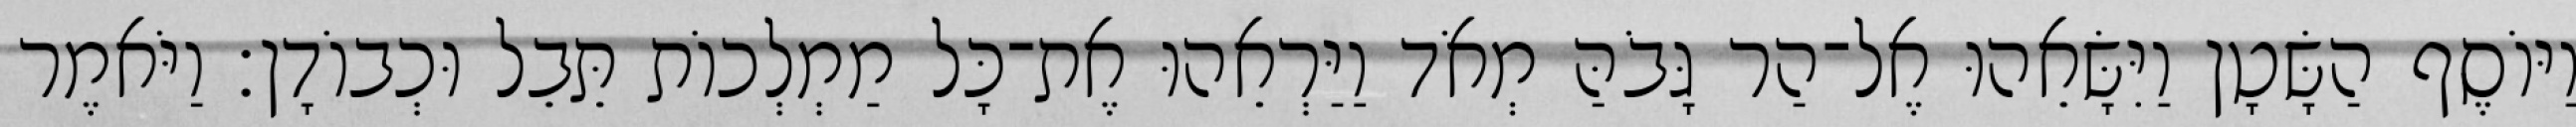
וַיּוֹסֶף הַשָּׂטָן וַיִּשָּׂאֵהוּ אֶל־הַר גָּבֹהַּ מְאֹד וַיַּרְאֵהוּ אֶת־כָּל מַמְלְכוֹת תֵּבֵל וּכְבוֹדָן׃ וַיֹּאמֶר